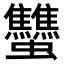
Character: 𧖝